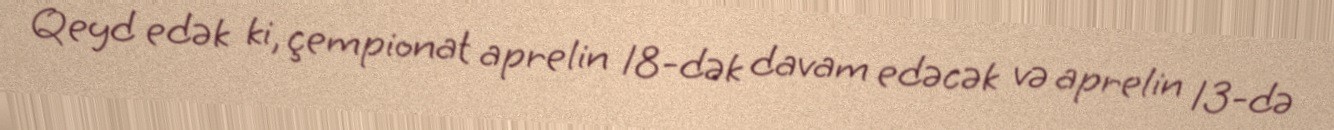
Qeyd edək ki, çempionat aprelin 18-dək davam edəcək və aprelin 13-də